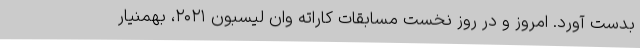
بدست آورد. امروز و در روز نخست مسابقات کاراته وان لیسبون ۲۰۲۱، بهمنیار